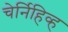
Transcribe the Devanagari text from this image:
चेर्निहिव्ह